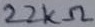
Text: 22KΩ